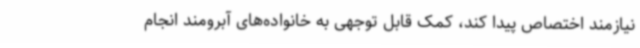
نیازمند اختصاص پیدا کند، کمک قابل توجهی به خانواده‌های آبرومند انجام